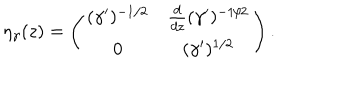
\eta _ { \gamma } ( z ) = \left( \begin{array} { c c } { { ( \gamma ^ { \prime } ) ^ { - 1 / 2 } } } & { { { \frac { d } { d z } } ( \gamma ^ { \prime } ) ^ { - 1 / 2 } } } \\ { { 0 } } & { { ( \gamma ^ { \prime } ) ^ { 1 / 2 } } } \\ \end{array} \right) .